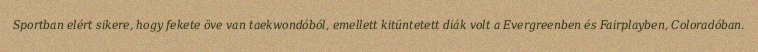
Sportban elért sikere, hogy fekete öve van taekwondóból, emellett kitüntetett diák volt a Evergreenben és Fairplayben, Coloradóban.